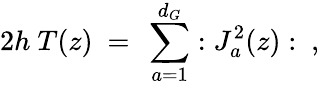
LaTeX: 2h\ T(z)\ =\ \sum_{a=1}^{d_{G}}:J_{a}^{2}(z):\ ,